Annual administration report of the Civil Veterinary Department of India - 1896-1897
Year: 1896
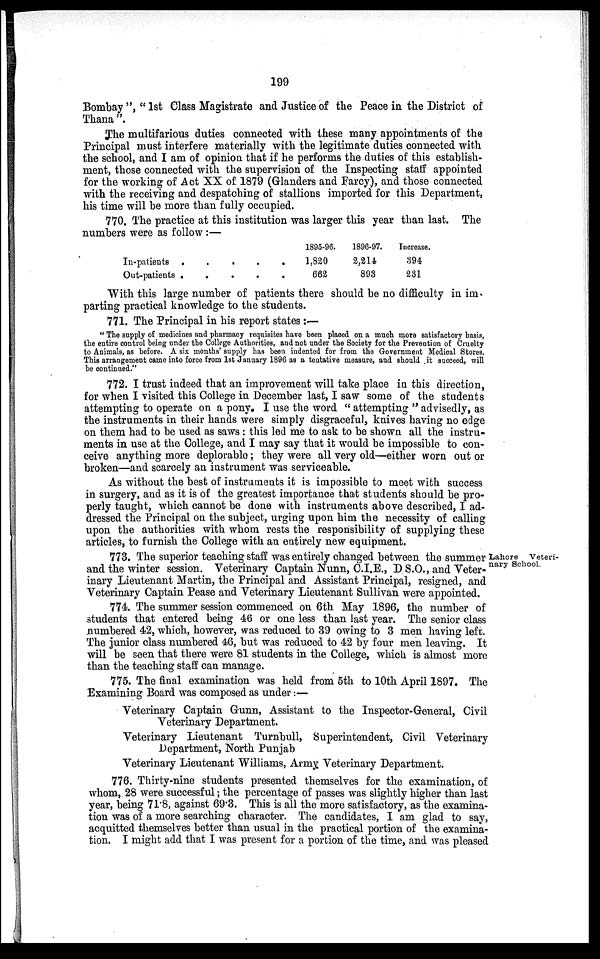
199
Bombay ", " 1st Class Magistrate and Justice of the Peace in the District of
Thana ".
The multifarious duties connected with these many appointments of the
Principal must interfere materially with the legitimate duties connected with
the school, and I am of opinion that if he performs the duties of this establish-
ment, those connected with the supervision of the Inspecting staff appointed
for the working of Act XX of 1879 (Glanders and Farcy), and those connected
with the receiving and despatching of stallions imported for this Department,
his time will be more than fully occupied.
770. The practice at this institution was larger this year than last. The
numbers were as follow:—
In-patients . . . . .
Out-patients . . . . .
1895-96.
1,820
662
1896-97.
2,214
893
Increase.
394
231
With this large number of patients there should be no difficulty in im
parting practical knowledge to the students.
771. The Principal in his report states:—
"The supply of medicines and pharmacy requisites have been placed on a much more satisfactory basis,
the entire control being under the College Authorities, and not under the Society for the Prevention of Cruelty
to Animals, as before. A six months' supply has been indented for from the Government Medical Stores.
This arrangement came into force from 1st January 1896 as a tentative measure, and should it succeed, will
be continued."
772. I trust indeed that an improvement will take place in this direction,
for when I visited this College in December last, I saw some of the students
attempting to operate on a pony. I use the word " attempting " advisedly, as
the instruments in their hands were simply disgraceful, knives having no edge
on them had to be used as saws: this led me to ask to be shown all the instru-
ments in use at the College, and I may say that it would be impossible to con-
ceive anything more deplorable ; they were all very old—either worn out or
broken—and scarcely an instrument was serviceable.
As without the best of instruments it is impossible to meet with success
in surgery, and as it is of the greatest importance that students should be pro-
perly taught, which cannot be done with instruments above described, I ad-
dressed the Principal on the subject, urging upon him the necessity of calling
upon the authorities with whom rests the responsibility of supplying these
articles, to furnish the College with an entirely new equipment.
Lahore Veteri-
nary School.
773. The superior teaching staff was entirely changed between the summer
and the winter session. Veterinary Captain Nunn, C.I.E., D S.O., and Veter-
inary Lieutenant Martin, the Principal and Assistant Principal, resigned, and
Veterinary Captain Pease and Veterinary Lieutenant Sullivan were appointed.
774. The summer session commenced on 6th May 1896, the number of
students that entered being 46 or one less than last year. The senior class
numbered 42, which, however, was reduced to 39 owing to 3 men having left.
The junior class numbered 46, but was reduced to 42 by four men leaving. It
will be seen that there were 81 students in the College, which is almost more
than the teaching staff can manage.
775. The final examination was held from 5th to 10th April 1897. The
Examining Board was composed as under:—
Veterinary Captain Gunn, Assistant to the Inspector-General, Civil
Veterinary Department.
Veterinary Lieutenant Turnbull, Superintendent, Civil Veterinary
Department, North Punjab
Veterinary Lieutenant Williams, Army Veterinary Department.
776. Thirty-nine students presented themselves for the examination, of
whom, 28 were successful ; the percentage of passes was slightly higher than last
year, being 71.8, against 69.3. This is all the more satisfactory, as the examina-
tion was of a more searching character. The candidates, I am glad to say,
acquitted themselves better than usual in the practical portion of the examina-
tion. I might add that I was present for a portion of the time, and was pleased